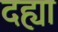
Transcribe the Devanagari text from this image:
दह्या